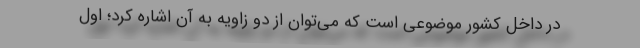
در داخل کشور موضوعی است که می‌توان از دو زاویه به آن اشاره كرد؛ اول